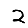
Digit: 2